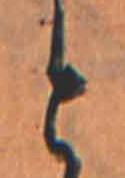
と